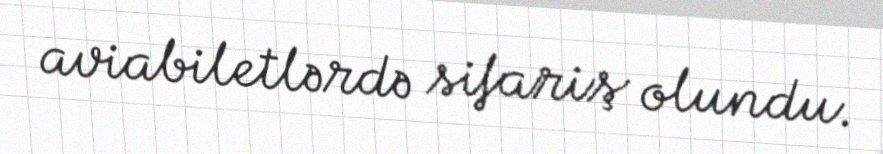
aviabiletlərdə sifariş olundu.